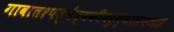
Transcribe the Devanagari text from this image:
गावात१पशुवैद्यकीयरुग्णालयआहे